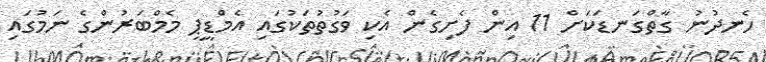
ހެނދުނު ގާތްގަނޑަކަށް 11 އިން ފެށިގެން އެކި ވަގުތުތަކުގައި އެމްޑީޕީ މެމްބަރުންގެ ނަމުގައި